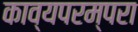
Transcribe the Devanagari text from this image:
काव्यपरम्परा